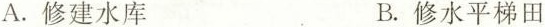
A.修建水库 B.修水平梯田